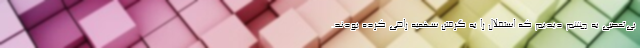
بی‌تعصبی به چشم دیدیم که استقلال را به گرفتن سهمیه راضی کرده بودند.